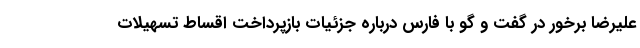
علیرضا برخور در گفت و گو با فارس درباره جزئیات بازپرداخت اقساط تسهیلات